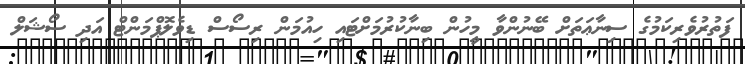
ފަތުރުވެރިކަމުގެ ސިނާޢަތަށް ބޭނުންވާ މީހުން ބިނާކުރުމަށްޓައި ހިއުމަން ރިސޯސް ޑިވެލޮޕްމަންޓް އަދި ސޯޝަލް